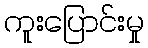
ကူးပြောင်းမှု